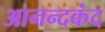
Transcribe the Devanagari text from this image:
आनन्‍दकंद